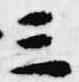
三